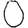
Digit: 0